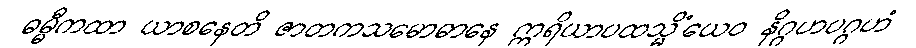
ဓမ္မီကထာ ယာစနေတိ ဇာတကသမောဓာနေ ဣရိယာပထသ္မိံယေဝ နိဂ္ဂဟပဂ္ဂဟံ